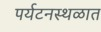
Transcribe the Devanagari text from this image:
पर्यटनस्थळात